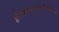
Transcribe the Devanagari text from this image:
हीरेस्वरसचसैनस्टाल्ट